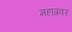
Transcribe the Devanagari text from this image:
महाप्रवर